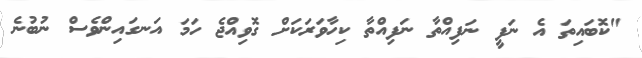
"ކޮބައިތަ އެ ނަފީ ނަފިއްތާ ނަފިއްތާ ކިހާވަރަކަށް ގޮވިއްޖެ ހަމަ އަނގައިންވެސް ނުބުނެ